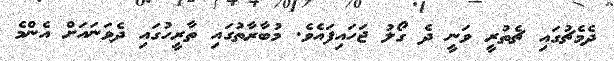
ދެމެޗުގައި ޗެތުރީ ވަނީ ދެ ގޯލު ޖަހައިފައެވެ. މުބާރާތުގައި ތާރީހުގައި ދެވަނައަށް އެންމެ